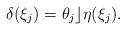
LaTeX: \begin{align*}\delta(\xi_{j})=\theta_{j} \rfloor \eta(\xi_{j}).\end{align*}